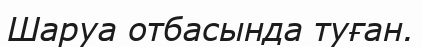
Шаруа отбасында туған.